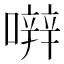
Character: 𡁈